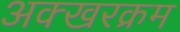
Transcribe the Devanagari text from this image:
अक्खरक्रम